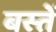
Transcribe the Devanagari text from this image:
बस्‍तें